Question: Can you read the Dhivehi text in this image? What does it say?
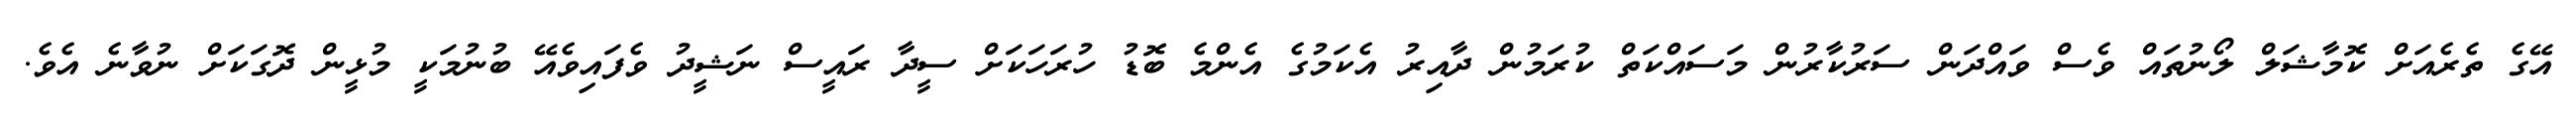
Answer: އޭގެ ތެރެއަށް ކޮމާޝަލް ލޯނުތައް ވެސް ވައްދަން ސަރުކާރުން މަސައްކަތް ކުރަމުން ދާއިރު އެކަމުގެ އެންމެ ބޮޑު ހުރަހަކަށް ސީދާ ރައީސް ނަޝީދު ވެފައިވެއޭ ބުނުމަކީ މުޅީން ދޮގަކަށް ނުވާނެ އެވެ.